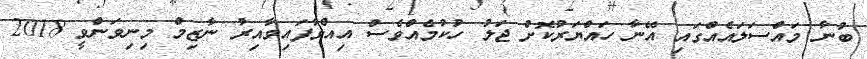
ބުނާ މައްސަލައެއްގައި އޭނާ ހައްޔަރުކޮށް ޖަލު ހުކުމެއްވެސް އިއްވާފައިވާއިރު ނާޒިމް މިނިވަންވީ 2018